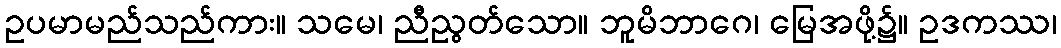
ဥပမာမည်သည်ကား။ သမေ၊ ညီညွတ်သော။ ဘူမိဘာဂေ၊ မြေအဖို့၌။ ဥဒကဿ၊